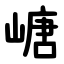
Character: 嵣